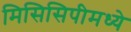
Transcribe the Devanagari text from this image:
मिसिसिपीमध्ये